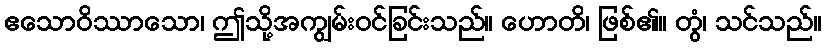
ဧသောဝိဿာသော၊ ဤသို့အကျွမ်းဝင်ခြင်းသည်။ ဟောတိ၊ ဖြစ်၏။ တွံ၊ သင်သည်။